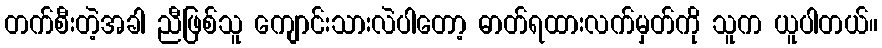
တက်စီးတဲ့အခါ ညီဖြစ်သူ ကျောင်းသားလဲပါတော့ ဓာတ်ရထားလက်မှတ်ကို သူက ယူပါတယ်။